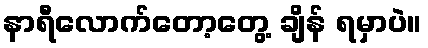
နာရီလောက်တော့တွေ့ ချိန် ရမှာပဲ။